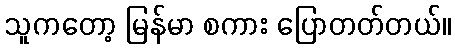
သူကတော့ မြန်မာ စကား ပြောတတ်တယ်။